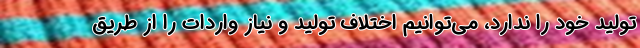
تولید خود را ندارد، می‌توانیم اختلاف تولید و نیاز واردات را از طریق